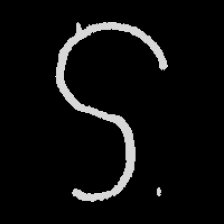
Pyu character \u2014 Myanmar letter: ဌ (romanized: ttha)